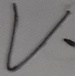
Text: V